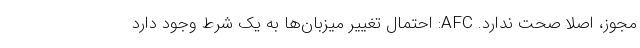
مجوز، اصلا صحت ندارد. AFC: احتمال تغییر میزبان‌ها به یک شرط وجود دارد